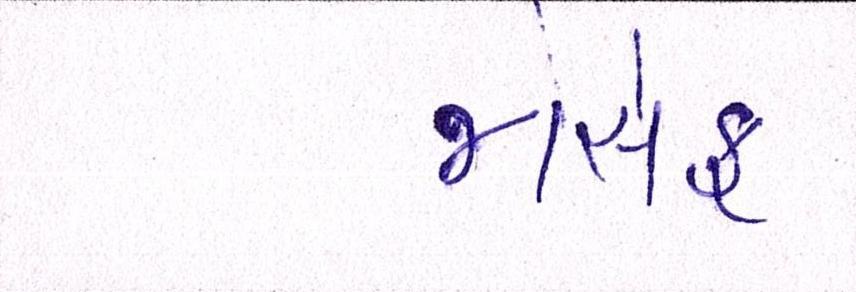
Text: જોસેફ